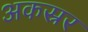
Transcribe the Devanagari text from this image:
अकस्रर